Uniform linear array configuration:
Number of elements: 24
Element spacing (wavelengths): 0.25
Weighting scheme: hann
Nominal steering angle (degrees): -45
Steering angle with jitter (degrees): -46.671
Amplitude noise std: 0.05
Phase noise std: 0.05

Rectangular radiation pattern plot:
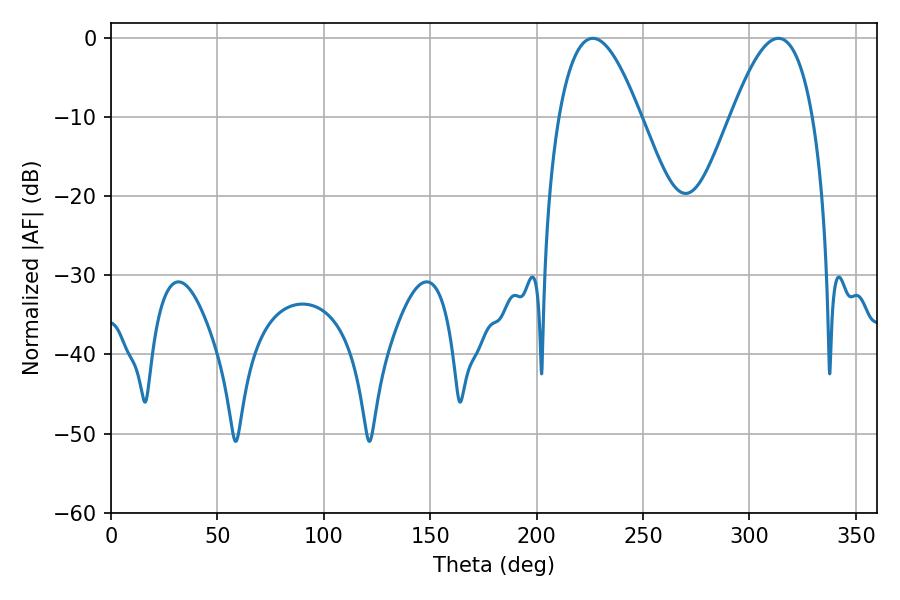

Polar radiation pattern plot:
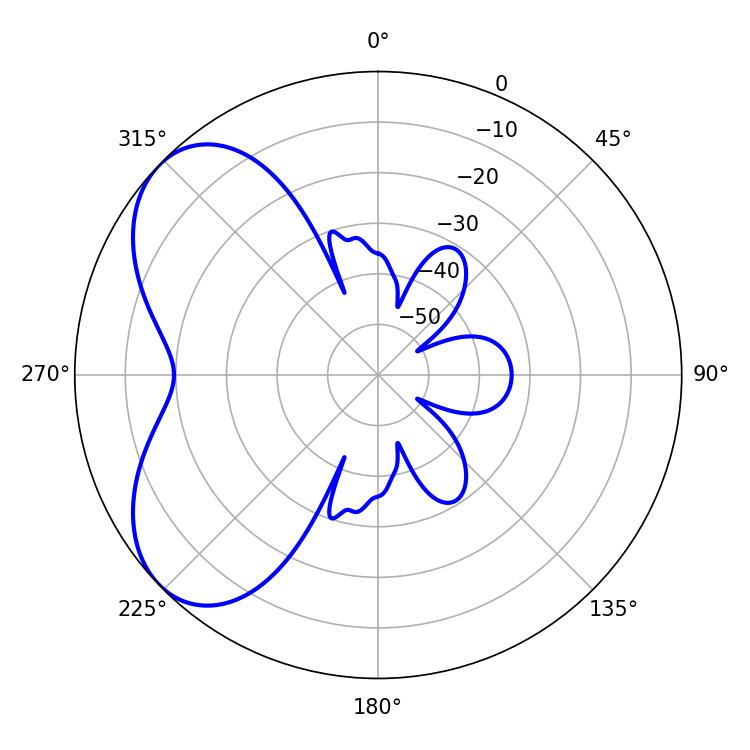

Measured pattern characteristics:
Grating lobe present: FALSE
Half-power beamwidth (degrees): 21.06
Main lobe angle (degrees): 226.44